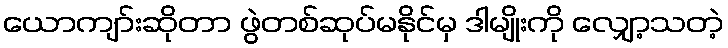
ယောကျာ်းဆိုတာ ဖွဲတစ်ဆုပ်မနိုင်မှ ဒါမျိုးကို လျှော့သတဲ့